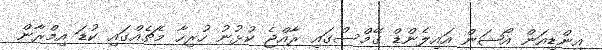
އިންޑިއަން އޯޝަން އައިލެންޑް ގޭމްސްގައި ރާއްޖެ ކުޅުނު ހުރިހާ މެޗެއްގައި ކުޑަ އިމްރާން